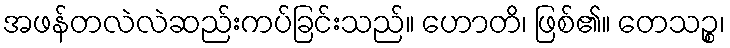
အဖန်တလဲလဲဆည်းကပ်ခြင်းသည်။ ဟောတိ၊ ဖြစ်၏။ တေသဉ္စ၊